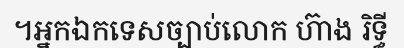
។អ្នកឯកទេសច្បាប់លោក ហ៊ាង រិទ្ធី